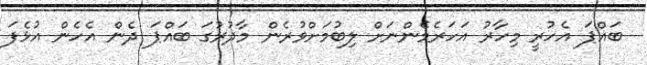
ބައްޕަ އެހުރީ މިހާރު އަހަރެމެންނަށް ލިބުމަށްވުރެން މާދުރުގަ ބައްޕަ ދެން އެހެން އުޅެފަ